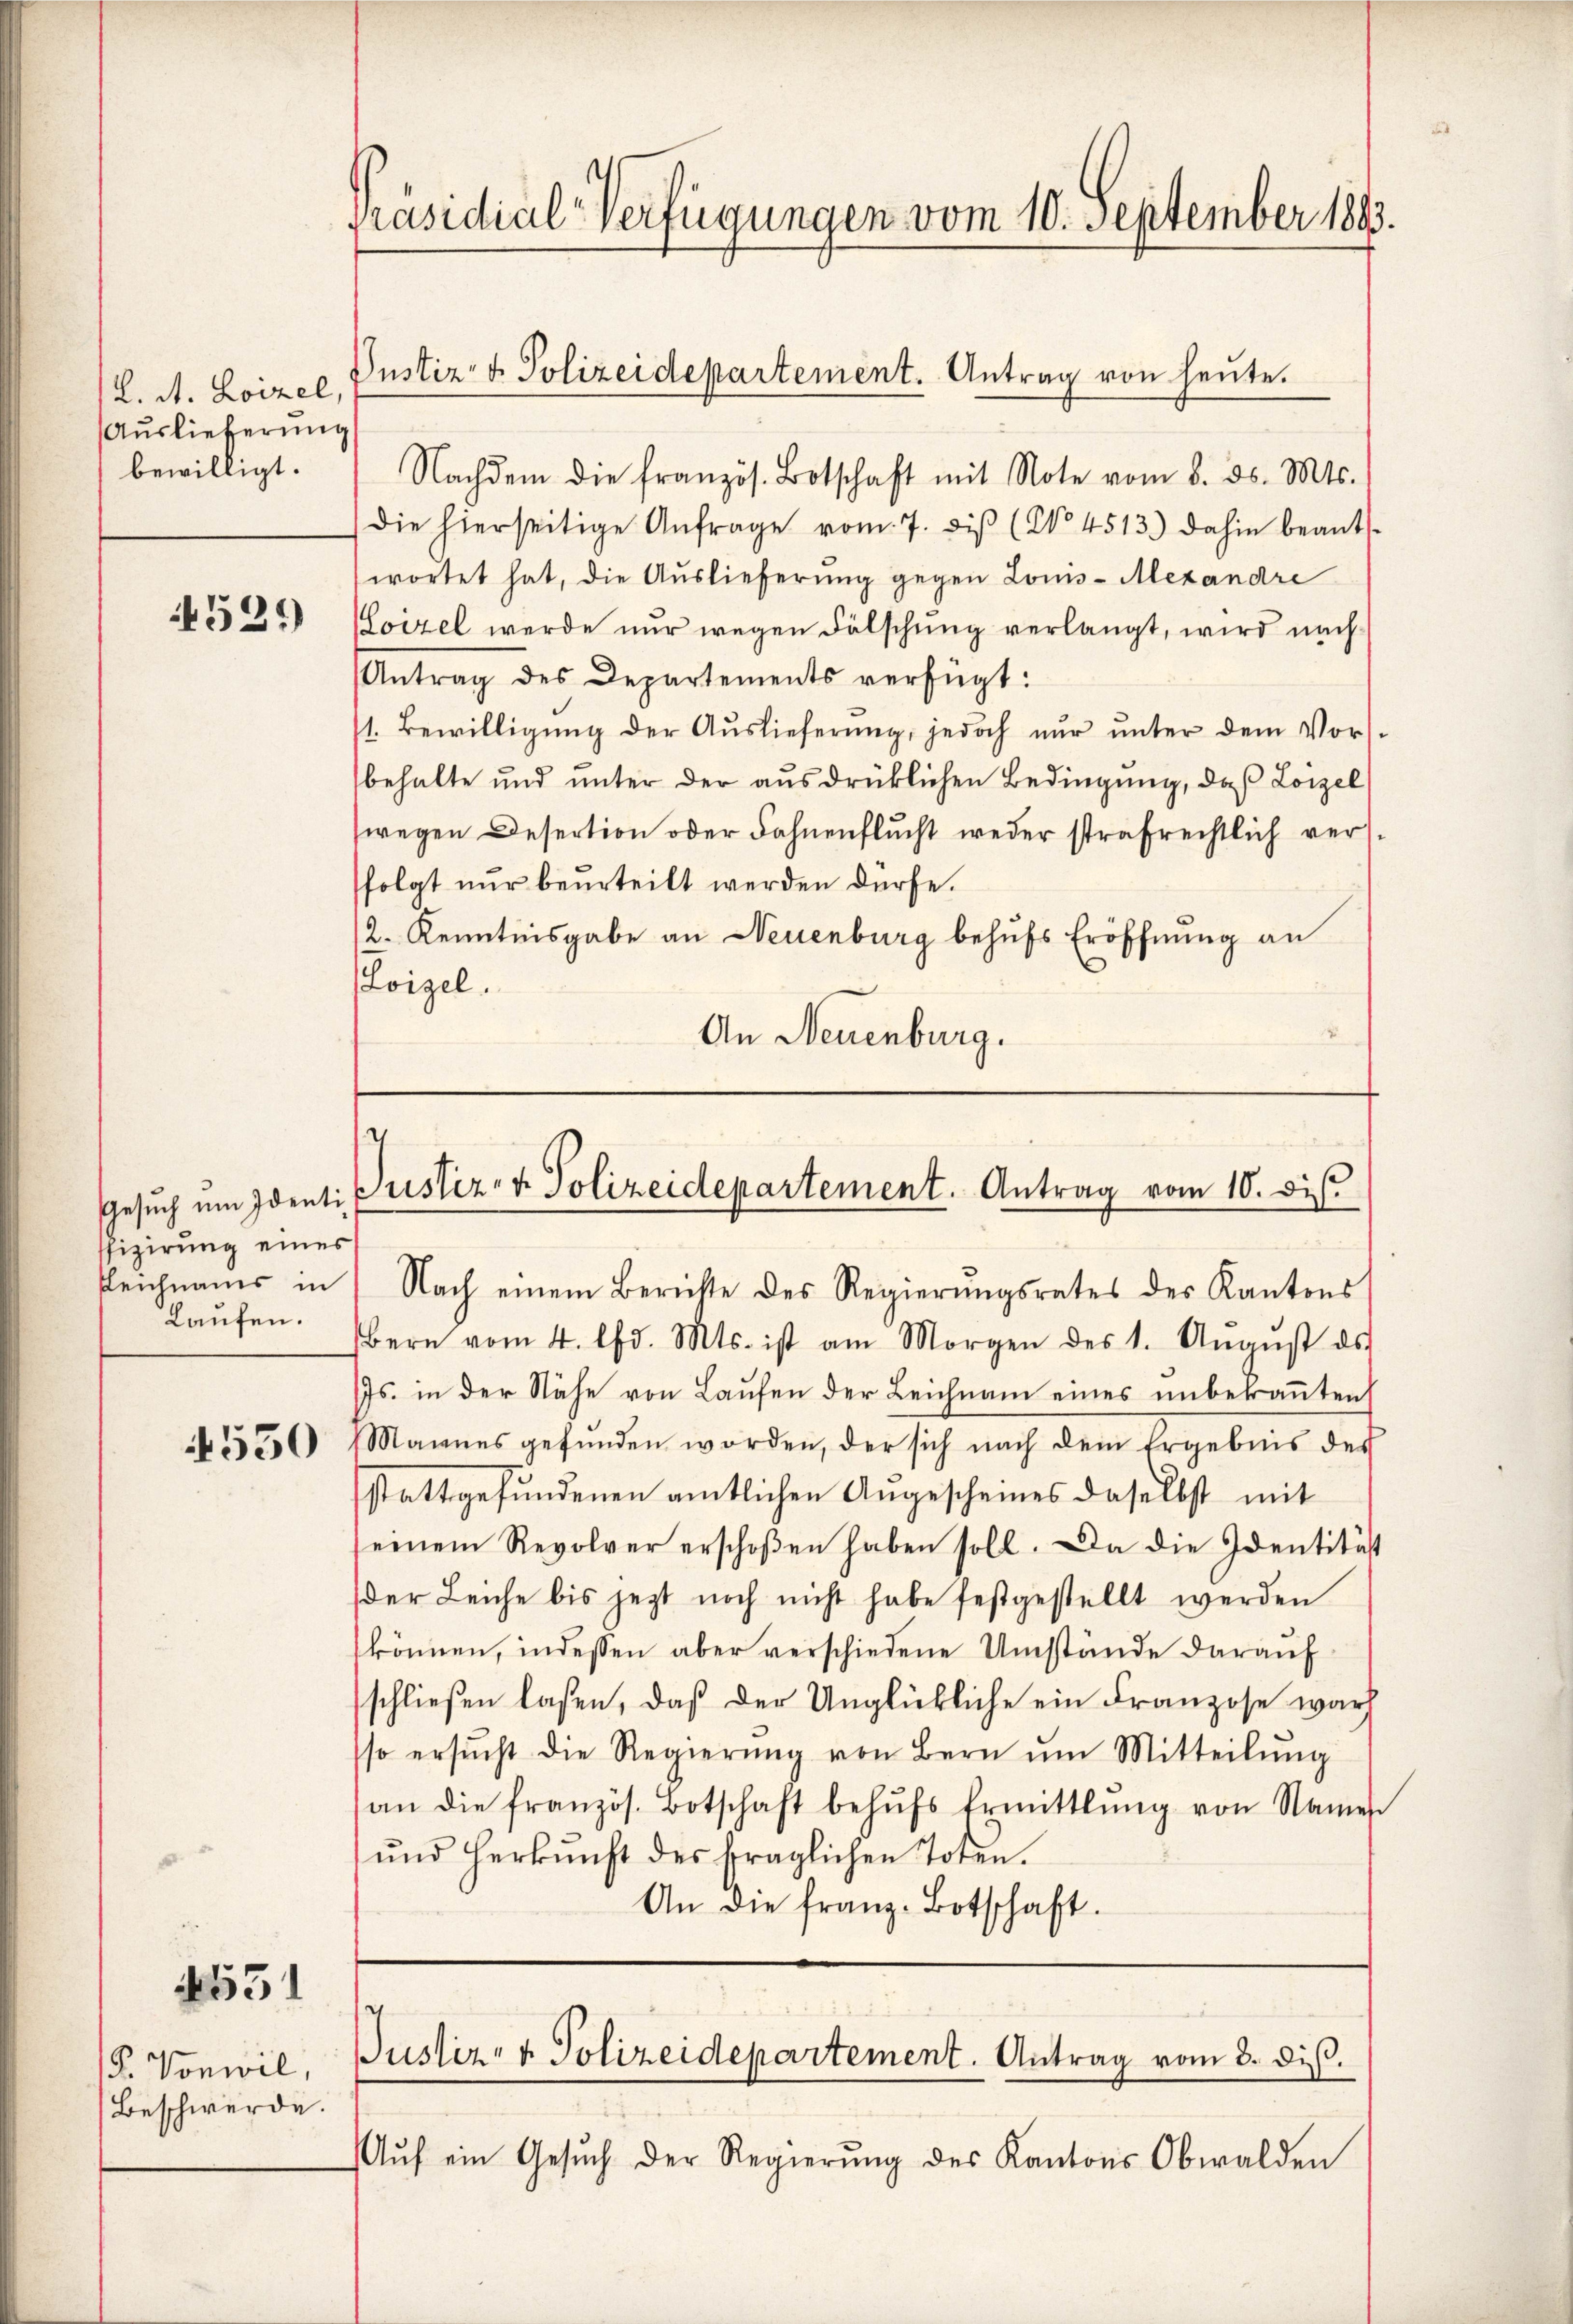
L. A. Loizel
Auslieferung
bewilligt.

4539)

Gesŭch ŭm Identi-
ffizierung eines
Leichnams in
Laufen.

550

4551

d. Vonwil,
Beschwerde.

Präsidial-Verfügungen vom 10. September 1883.

Justiz- & Polizeidepartement. Antrag von heute.

Justiz- & Polizeidepartement. Antrag vom 10. ds.

Nach einem Berichte des Regierŭngsrates des Kantons
Bern vom 4. d. Mts. ist am Morgen des 1. Ananst ds
Js. in der Nähe von Laufen der Leichnam eines unbekannteich
Mannes gefŭnden worden, der sich nach dem Ergebnis des
stattgefundenen amtlichen Angescheines daselbst mit
einem Revolver erschoßen haben soll. Da die Identität
der Leiche bis jezt noch nicht habe festgestellt werden
können, indessen aber verschiedene Umstände darauf
schließen laßen, daß der Unglückliche ein Franzose war
so ersŭcht die Regierŭng von Bern ŭm Mitteilŭng
an die französ. Botschaft behŭfs Ermittlung von Namen
und Herkunft des fraglichen Toten.
An die franz-Botschaft.

Nachdem die französ. Botschaft mit Note vom 8. ds. Mts.
die hierseitige Anfrage vom 7. diβ (No 4513) dahin beant-
wortet hat, die Auslieferung gegen Loms-Mexandre
Hoizel werde nur wegen Fälschung verlangt, wird nach
Antrag des Departements verfügt:
1. Bewilligŭng der Auslieferŭng, jedoch nŭr ŭnter dem Vorsbehalte und unter der ausdrücklichen Bedingung, daß Lorzel
wegen Desertion oder Fahnenflucht weder strafrechtlich versfolgt nur beurteilt werden dürfe.
2. Kenntnisgabe an Neuenburg behufs Eröffnung an
Loizel.
An Neuenburg.

Justiz- & Polizeidepartement. Antrag vom 8. diß.

Aŭf ein Gesŭch der Regierŭng des Kantons Obwalden